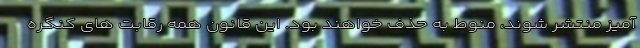
آمیز منتشر شوند، منوط به حذف خواهند بود. این قانون همه رقابت های کنگره